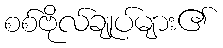
စစ်ဗိုလ်ချုပ်များ၏